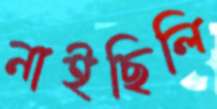
নাইছিলি